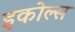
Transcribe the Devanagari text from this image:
इकोल्स